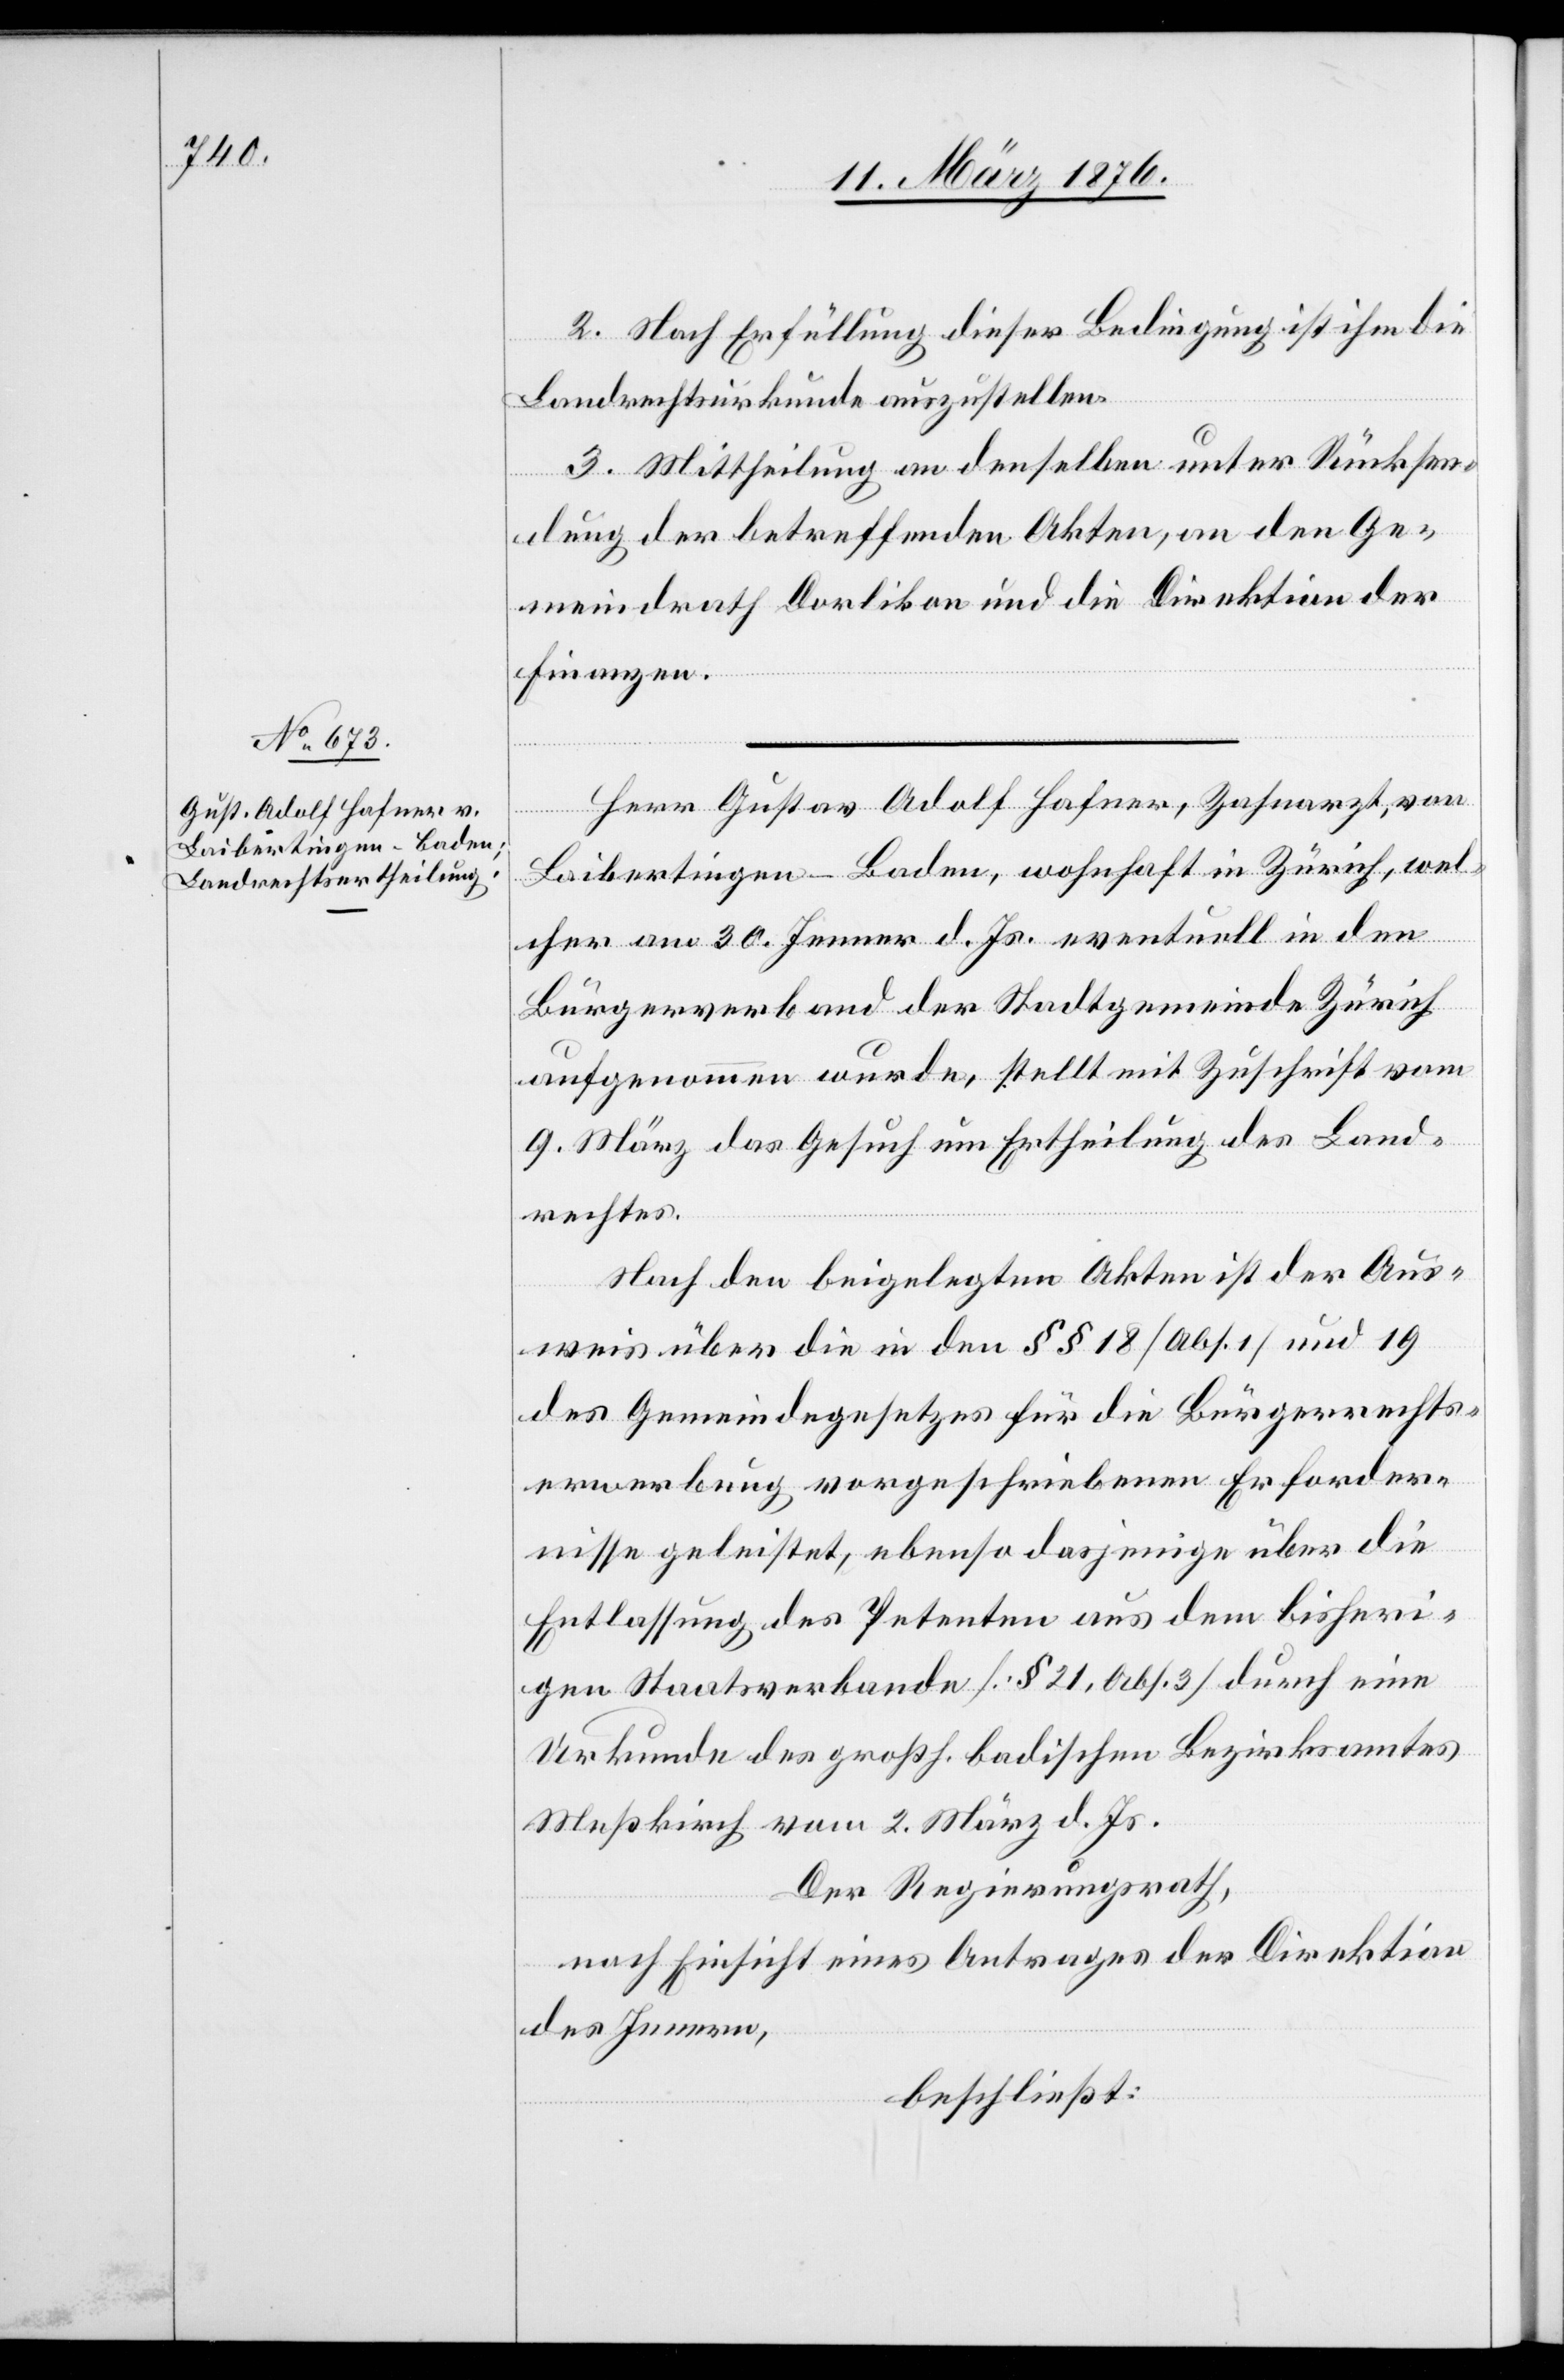
Herr Gustav Adolf Hafner, Zahnarzt, von
Laibertingen-Baden, wohnhaft in Zürich, wel¬
cher am 30. Jenner d. Js. eventuell in den
Bürgerverband der Stadtgemeinde Zürich
aufgenommen wurde, stellt mit Zuschrift vom
9. März das Gesuch um Ertheilung des Land¬
rechtes.
Nach den beigelegten Akten ist der Aus¬
weis über die in den §§ 18 [Abs. 1] und 19
des Gemeindegesetzes für die Bürgerrechts¬
erwerbung vorgeschriebenen Erforder¬
nisse geleistet, ebenso dasjenige über die
Entlassung des Petenten aus dem bisheri¬
gen Staatsverbande [§ 21, Abs. 3] durch eine
Urkunde des großh. badischen Bezirksamtes
Meßkirch vom 2. März d. Js.
Der Regierungsrath,
nach Einsicht eines Antrages der Direktion
des Innern,
beschließt: